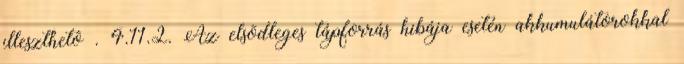
illeszthetõ . 4.11.2. Az elsõdleges tápforrás hibája esetén akkumulátorokkal